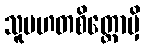
သူပဟတစိတ္တောမှိ